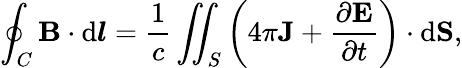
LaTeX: \oint_{C}\mathbf{B}\cdot\mathrm{d}{\boldsymbol{l}}={\frac{1}{c}}\iint_{S}\left(4\pi\mathbf{J}+{\frac{\partial\mathbf{E}}{\partial t}}\right)\cdot\mathrm{d}\mathbf{S},